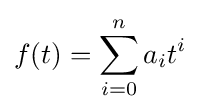
f(t)=\sum _{i=0}^{n}a_{i}t^{i}